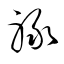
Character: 祿